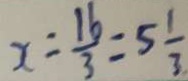
x = \frac { 1 6 } { 3 } = 5 \frac { 1 } { 3 }